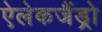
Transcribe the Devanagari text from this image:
ऐलेकजैंड्रो